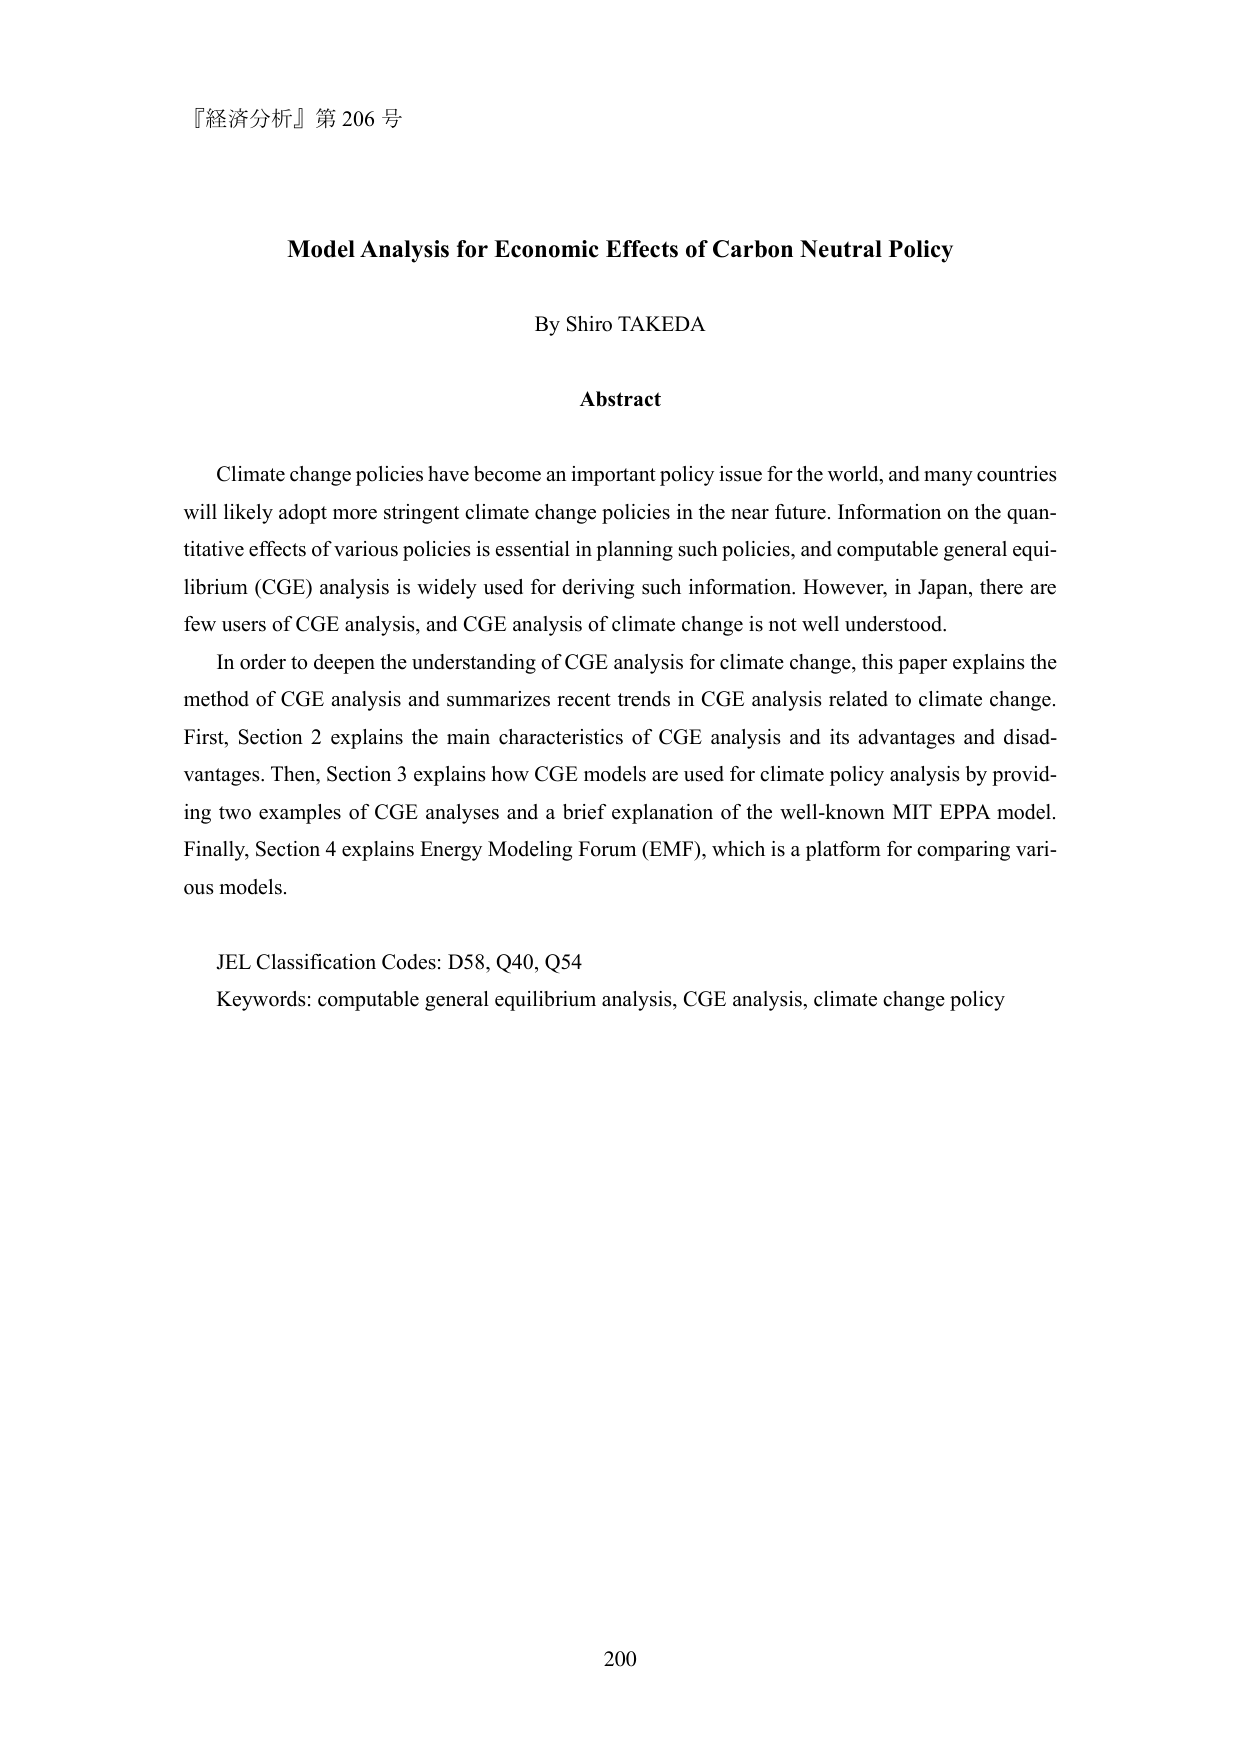
『経済分析』第 206 号

Model Analysis for Economic Effects of Carbon Neutral Policy

By Shiro TAKEDA

Abstract

Climate change policies have become an important policy issue for the world, and many countries will likely adopt more stringent climate change policies in the near future. Information on the quantitative effects of various policies is essential in planning such policies, and computable general equilibrium (CGE) analysis is widely used for deriving such information. However, in Japan, there are few users of CGE analysis, and CGE analysis of climate change is not well understood.

In order to deepen the understanding of CGE analysis for climate change, this paper explains the method of CGE analysis and summarizes recent trends in CGE analysis related to climate change. First, Section 2 explains the main characteristics of CGE analysis and its advantages and disadvantages. Then, Section 3 explains how CGE models are used for climate policy analysis by providing two examples of CGE analyses and a brief explanation of the well-known MIT EPPA model. Finally, Section 4 explains Energy Modeling Forum (EMF), which is a platform for comparing various models.

JEL Classification Codes: D58, Q40, Q54
Keywords: computable general equilibrium analysis, CGE analysis, climate change policy

200